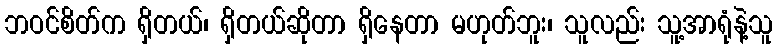
ဘဝင်စိတ်က ရှိတယ်၊ ရှိတယ်ဆိုတာ ရှိနေတာ မဟုတ်ဘူး၊ သူလည်း သူ့အာရုံနဲ့သူ